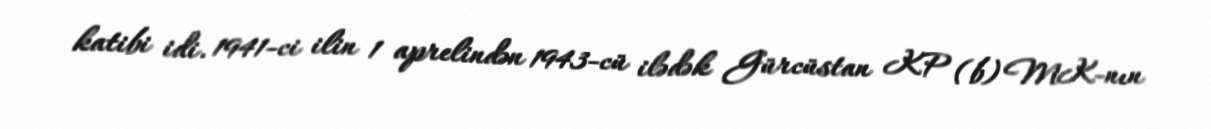
katibi idi. 1941-ci ilin 1 aprelindən 1943-cü ilədək Gürcüstan KP (b) MK-nın